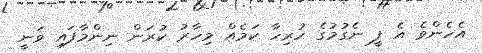
އެހެންވެ އެ ފީ ނެގުމުގެ ހުރިހާ ކަމެއް މިހާރު ކުރަން ނިންމާފައި ވަނީ